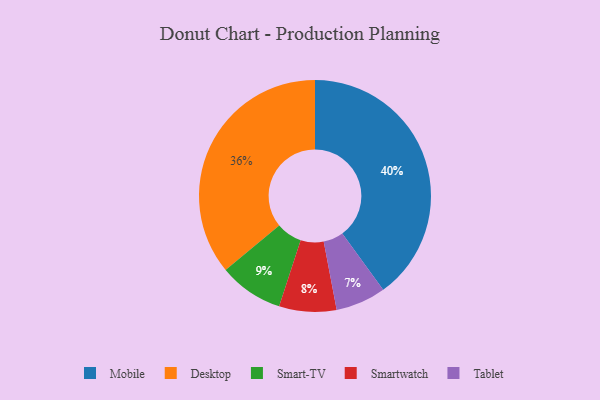
{"axis": {"x": "Category", "y": "Percentage"}, "legend": ["Desktop", "Mobile", "Smart-TV", "Smartwatch", "Tablet"], "data": [{"x": "Mobile", "y": 40, "type": "Mobile"}, {"x": "Tablet", "y": 7, "type": "Tablet"}, {"x": "Smartwatch", "y": 8, "type": "Smartwatch"}, {"x": "Desktop", "y": 36, "type": "Desktop"}, {"x": "Smart-TV", "y": 9, "type": "Smart-TV"}]}